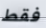
فقط